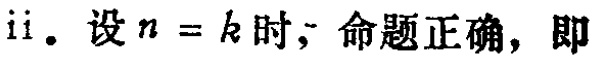
ii. 设 \(n = k\) 时，命题正确，即